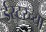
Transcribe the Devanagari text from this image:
ईस्टरच्या